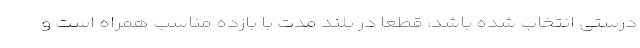
درستی انتخاب شده باشد، قطعا در بلند مدت با بازده مناسب همراه است و